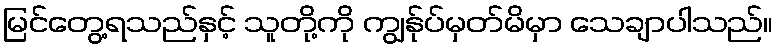
မြင်တွေ့ရသည်နှင့် သူတို့ကို ကျွန်ုပ်မှတ်မိမှာ သေချာပါသည်။